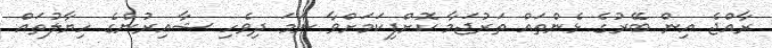
ރާއްޖެ އިން ބޭރުގެ ޅެންތައް ތަރުޖަމާ ކޮށްފިކަމަށްވާ ނަމަ ދިވެހި ޝާއިރުންގެ ހިޔާލުތައް